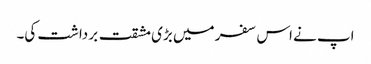
اپ نے اس سفر میں بڑی مشقت برداشت کی۔